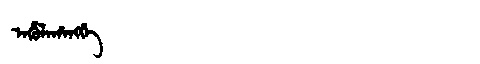
Manchu: ᠠᡥᡠᠯᠠᡥᠠᠩᡤᡝ
Romanization: AHULAHANGGE